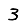
Digit: 3